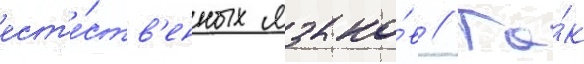
ест'е́ств'енных языко́в // Та́к